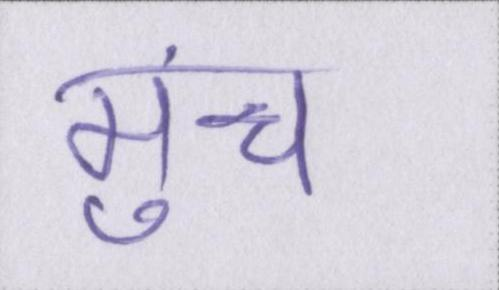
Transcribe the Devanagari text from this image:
मुंच